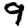
Digit: 9